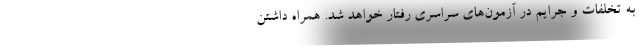
به تخلفات و جرایم در آزمون‌های سراسری رفتار خواهد شد. همراه داشتن